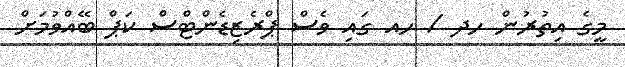
މީގެ އިތުރުން ހދ / ހއ ގައި ވެސް ޕްރެޒިޑެންޓްސް ކަޕް ބޭއްވުމަށް